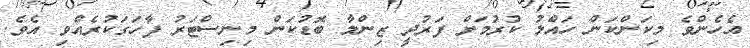
އެހެންވެ މިކަންކަން ހައްލު ކުރުމަށް ފަރުދީ ޒިންމާ ބޮޑުކަން މިނިސްޓަރު ފާހަގަކުރެއްވި އެވެ.